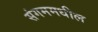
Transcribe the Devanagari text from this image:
संगममधील